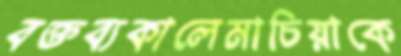
বক্তব্যকালেমাচিয়াকে